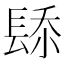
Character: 𨲁